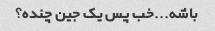
باشه...خب پس یک جین چنده؟